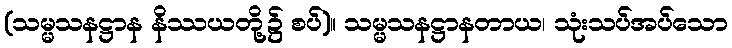
(သမ္မသနဋ္ဌာန နိဿယတို့၌ စပ်)။ သမ္မသနဋ္ဌာနတာယ၊ သုံးသပ်အပ်သော